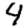
Digit: 4